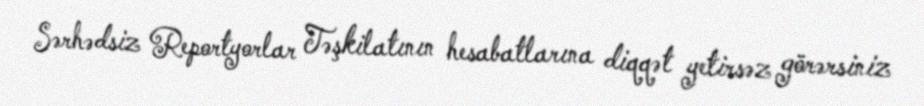
Sərhədsiz Reportyorlar Təşkilatının hesabatlarına diqqət yetirsəz görərsiniz